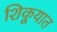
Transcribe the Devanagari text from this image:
शिकूयात